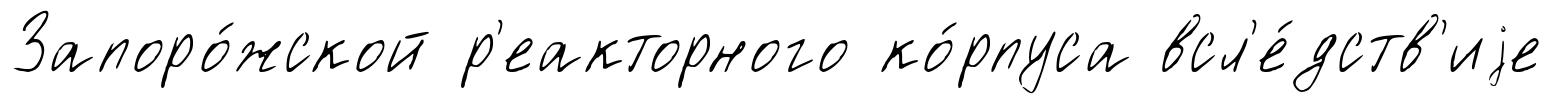
Запоро́жской р'еакторного ко́рпуса всл'е́дств'иjе